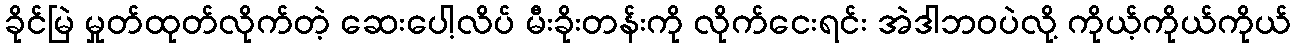
ခိုင်မြဲ မှုတ်ထုတ်လိုက်တဲ့ ဆေးပေါ့လိပ် မီးခိုးတန်းကို လိုက်ငေးရင်း အဲဒါဘဝပဲလို့ ကိုယ့်ကိုယ်ကိုယ်